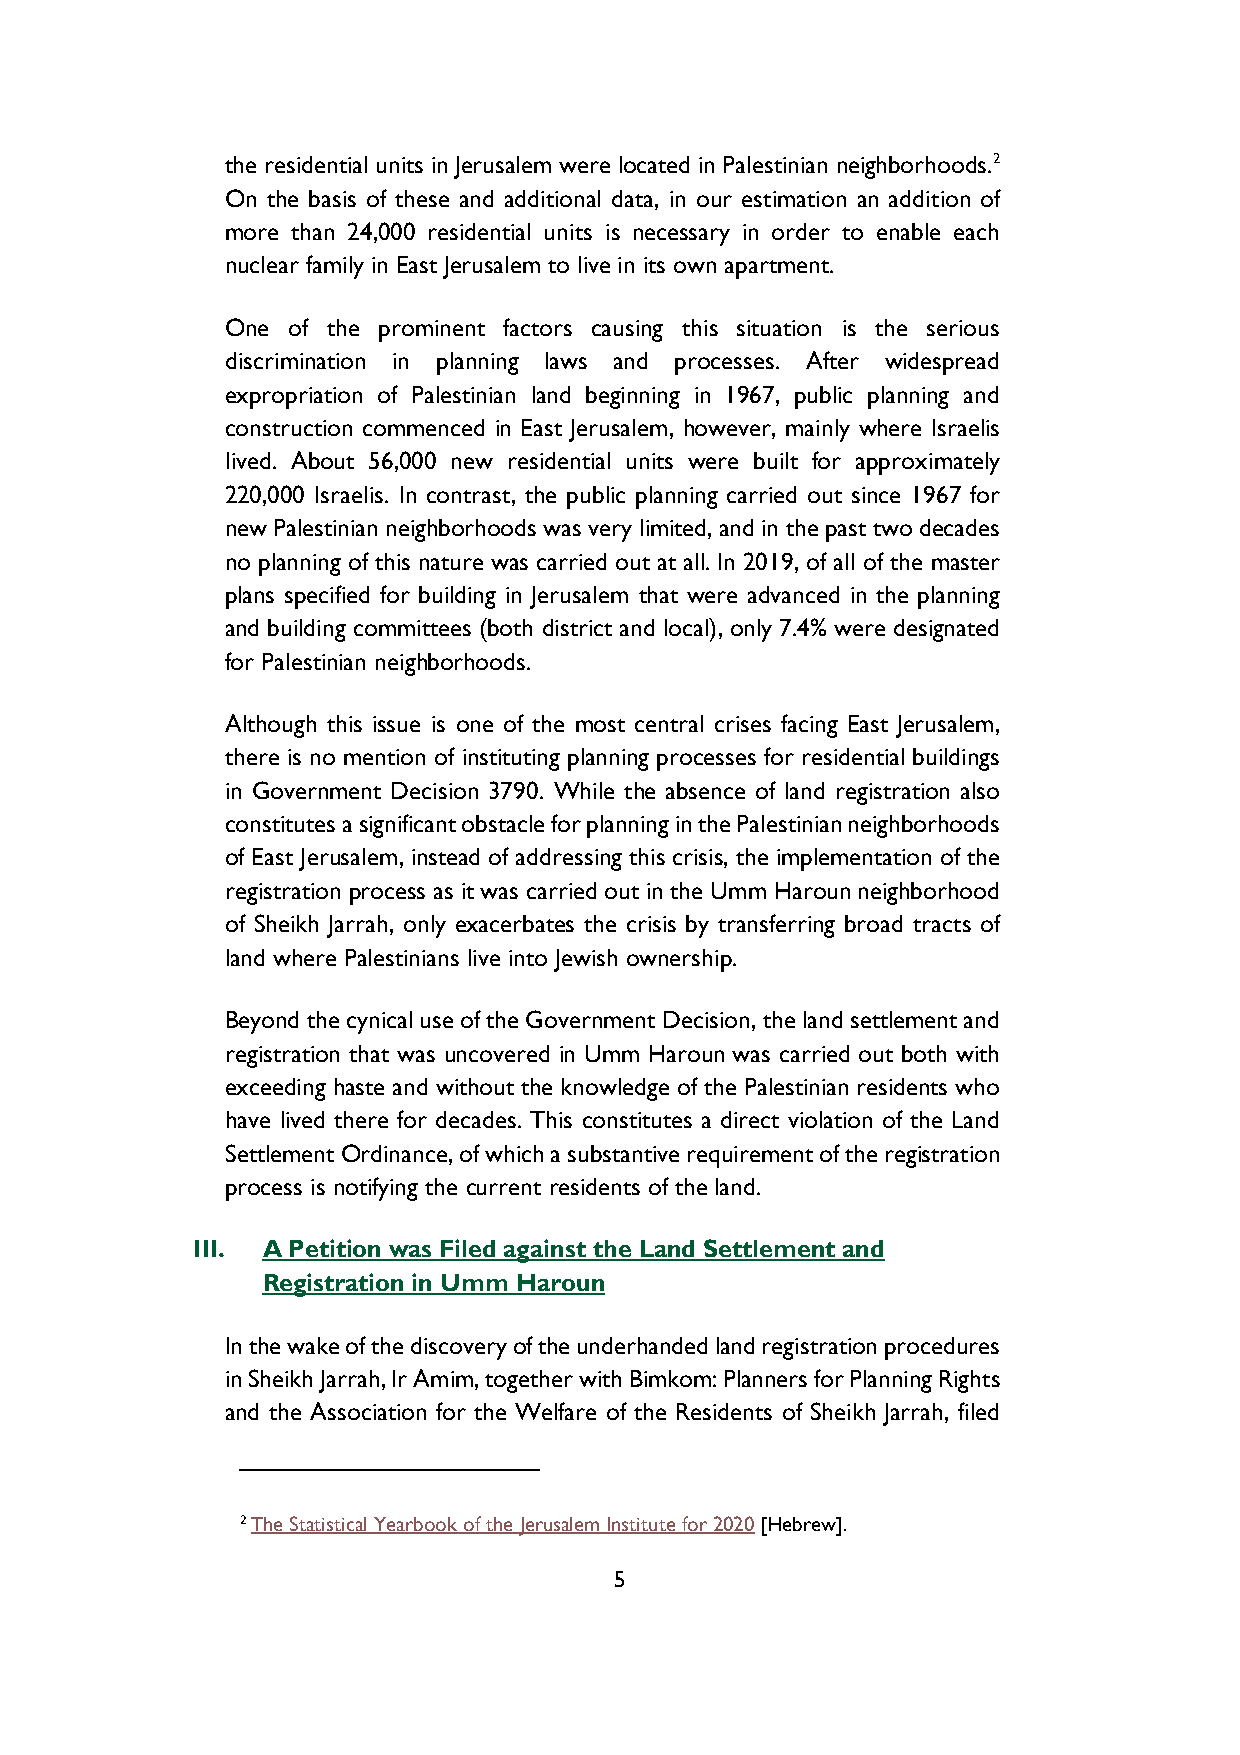
the residential units in Jerusalem were located in Palestinian neighborhoods.2
 On the basis of these and additional data, in our estimation an addition of
 more than 24,000 residential units is necessary in order to enable each
 nuclear family in East Jerusalem to live in its own apartment.
 One of the prominent factors causing this situation is the serious
 discrimination in planning laws and processes. After widespread
 expropriation of Palestinian land beginning in 1967, public planning and
 construction commenced in East Jerusalem, however, mainly where Israelis
 lived. About 56,000 new residential units were built for approximately
 220,000 Israelis. In contrast, the public planning carried out since 1967 for
 new Palestinian neighborhoods was very limited, and in the past two decades
 no planning of this nature was carried out at all. In 2019, of all of the master
 plans specified for building in Jerusalem that were advanced in the planning
 and building committees (both district and local), only 7.4% were designated
 for Palestinian neighborhoods.
 Although this issue is one of the most central crises facing East Jerusalem,
 there is no mention of instituting planning processes for residential buildings
 in Government Decision 3790. While the absence of land registration also
 constitutes a significant obstacle for planning in the Palestinian neighborhoods
 of East Jerusalem, instead of addressing this crisis, the implementation of the
 registration process as it was carried out in the Umm Haroun neighborhood
 of Sheikh Jarrah, only exacerbates the crisis by transferring broad tracts of
 land where Palestinians live into Jewish ownership.
 Beyond the cynical use of the Government Decision, the land settlement and
 registration that was uncovered in Umm Haroun was carried out both with
 exceeding haste and without the knowledge of the Palestinian residents who
 have lived there for decades. This constitutes a direct violation of the Land
 Settlement Ordinance, of which a substantive requirement of the registration
 process is notifying the current residents of the land.
 III. A Petition was Filed against the Land Settlement and
 Registration in Umm Haroun
 In the wake of the discovery of the underhanded land registration procedures
 in Sheikh Jarrah, Ir Amim, together with Bimkom: Planners for Planning Rights
 and the Association for the Welfare of the Residents of Sheikh Jarrah, filed
 2 The Statistical Yearbook of the Jerusalem Institute for 2020 [Hebrew].
 5